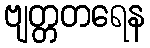
ဗျတ္တတရေန